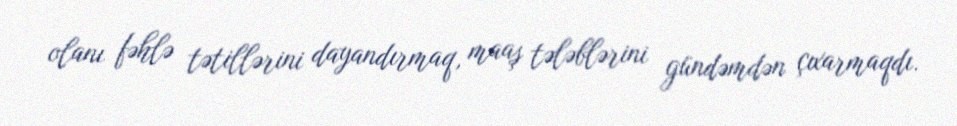
olanı fəhlə tətillərini dayandırmaq, maaş tələblərini gündəmdən çıxarmaqdı.